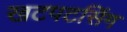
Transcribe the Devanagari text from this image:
खटपटसिंग